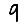
Digit: 9